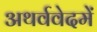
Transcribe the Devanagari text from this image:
अथर्ववेदमें